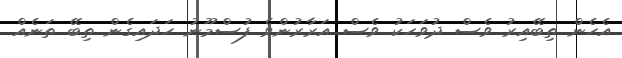
އެހެން ތިބޭއިރު ވެސް ދުވަހަކު ވެސް އަރާރުންވެ ފުސްމޫނު ހަދައިގެން ތިބޭ ތަނެއް